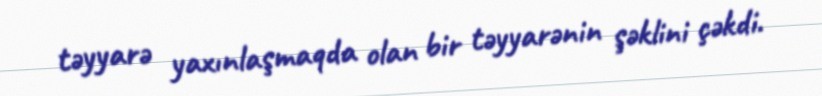
təyyarə yaxınlaşmaqda olan bir təyyarənin şəklini çəkdi.